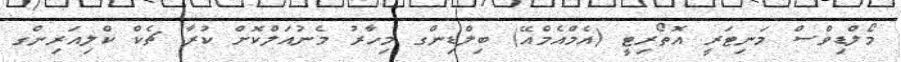
މޯލްޑިވްސް މަނިޓަރީ އޮތޯރިޓީ (އެމްއެމްއޭ) ބިލްޑިންގ މިހާރު މެނުއަލްކޮށް ކުރާ ޗެކް ކްލިއަރިންގ